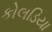
કોલડિયા